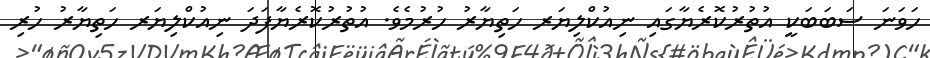
ހަވަނަ ސަބަބަކީ އުތުރުކޮރެޔާގައި ނިއުކްލިޔަރ ހަތިޔާރު ހުރުމެވެ. އުތުރުކޮރެޔާފަދަ ނިއުކްލިޔަރ ހަތިޔާރު ހުރި